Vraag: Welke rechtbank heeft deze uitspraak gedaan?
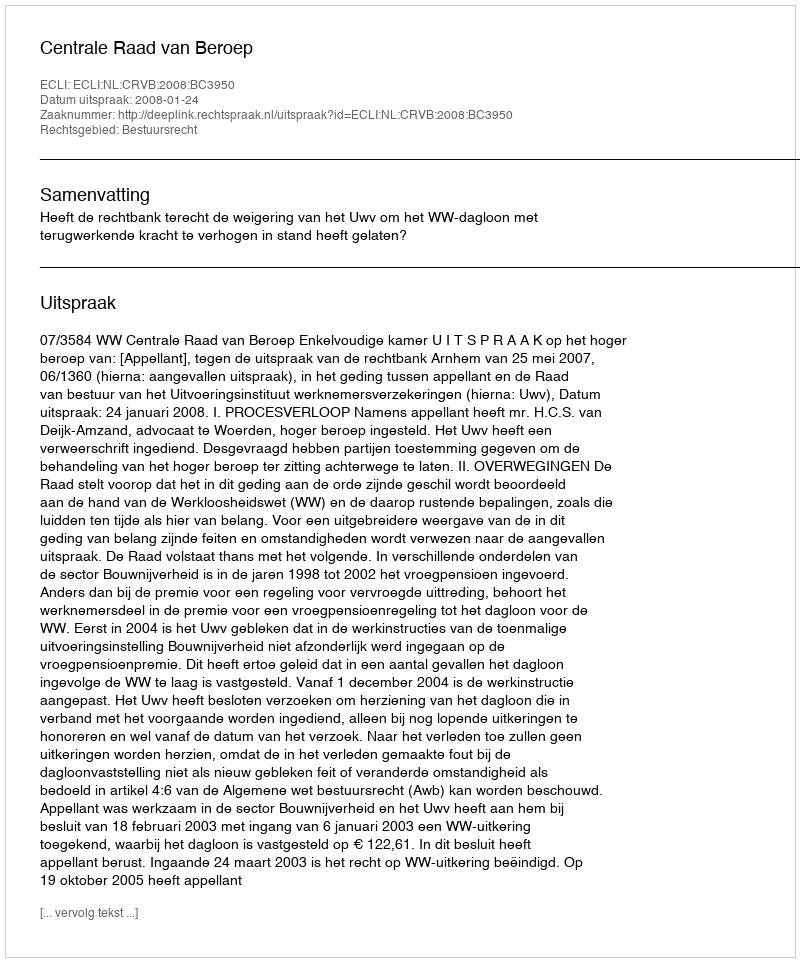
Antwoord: Centrale Raad van Beroep